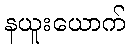
နယူးယောက်